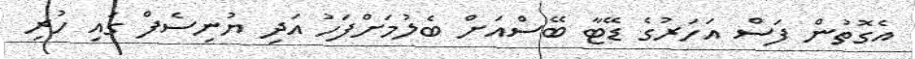
އެގޮތުން ފަސް އަހަރުގެ ޑޭޓާ ބޭސްއަށް ބެލުމަށްފަހު އަދި ޔުނިސެފް ގައި ހުރި